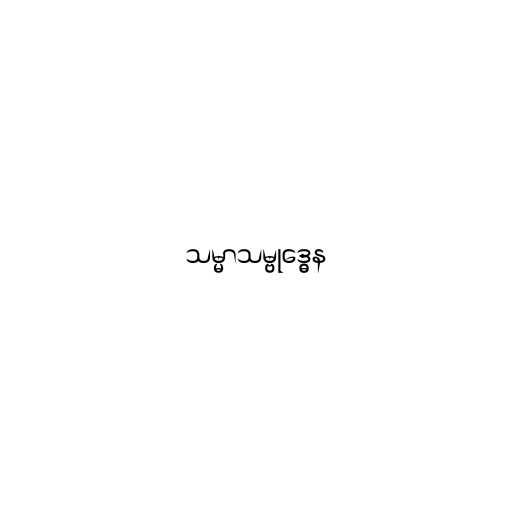
သမ္မာသမ္ဗုဒ္ဓေန